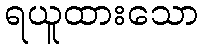
ရယူထားသော